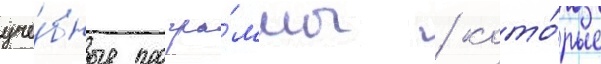
уче́бные програ́ммы / кото́рые